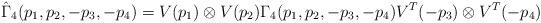
LaTeX: \begin{align*}\hat{\Gamma}_4(p_1, p_2, -p_3, -p_4)=V(p_1)\otimes V(p_2) {\Gamma}_4(p_1, p_2, -p_3, -p_4) V^T(-p_3)\otimes V^T(-p_4)\end{align*}